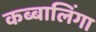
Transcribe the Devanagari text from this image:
कब्बालिंगा